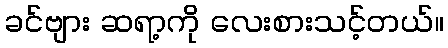
ခင်ဗျား ဆရာ့ကို လေးစားသင့်တယ်။